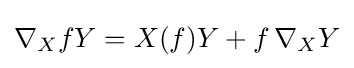
\nabla _{X}fY=X(f)Y+f\,\nabla _{X}Y